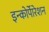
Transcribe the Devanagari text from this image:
इन्कोर्पाेरेशन